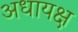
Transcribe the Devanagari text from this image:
अधायक्ष